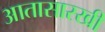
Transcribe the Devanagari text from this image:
आतासारखी